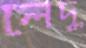
লেদু